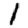
Digit: 1